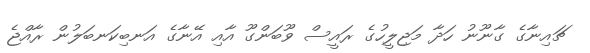
ޗައިނާގެ ގާނޫނު ހަދާ މަޖިލީހުގެ ރައީސް ވޫބަންގޫ އާއި އޭނާގެ އަނބިކަނބަލުން ރާއްޖެ